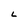
Character: L